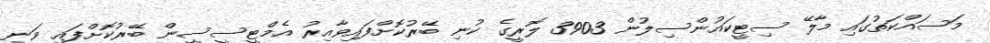
މަސައްކަތުގައި މާލޭ ސިޓީކައުންސިލުން 3903 ލޮރީގެ ކުނި ބޭރުކޮށްފައިވާއިރު އެމްޓީސީސީން ބޭރުކޮށްފައި ވަނީ